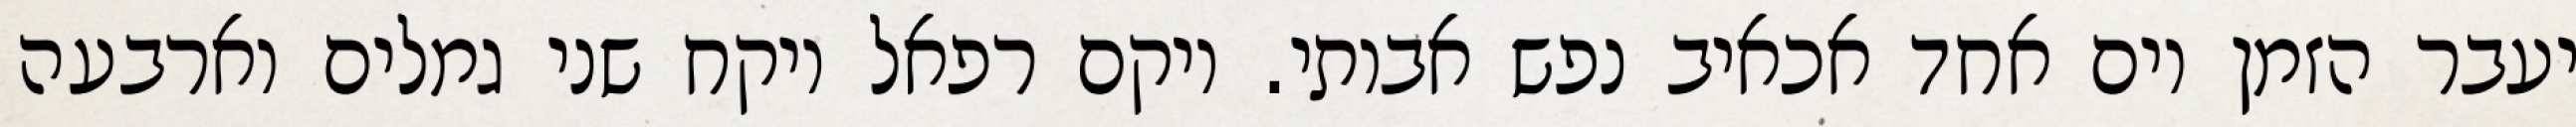
יעבר הזמן יום אחד אכאיב נפש אבותי. ויקם רפאל ויקח שני גמלים וארבעה